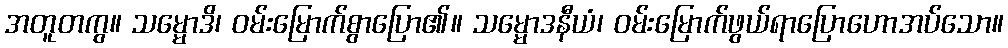
အတူတကွ။ သမ္မောဒိ၊ ဝမ်းမြောက်စွာပြော၏။ သမ္မောဒနီယံ၊ ဝမ်းမြောက်ဖွယ်ရာပြောဟောအပ်သော။